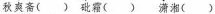
秋爽斋( ) 砒霜( ) 潇湘( )